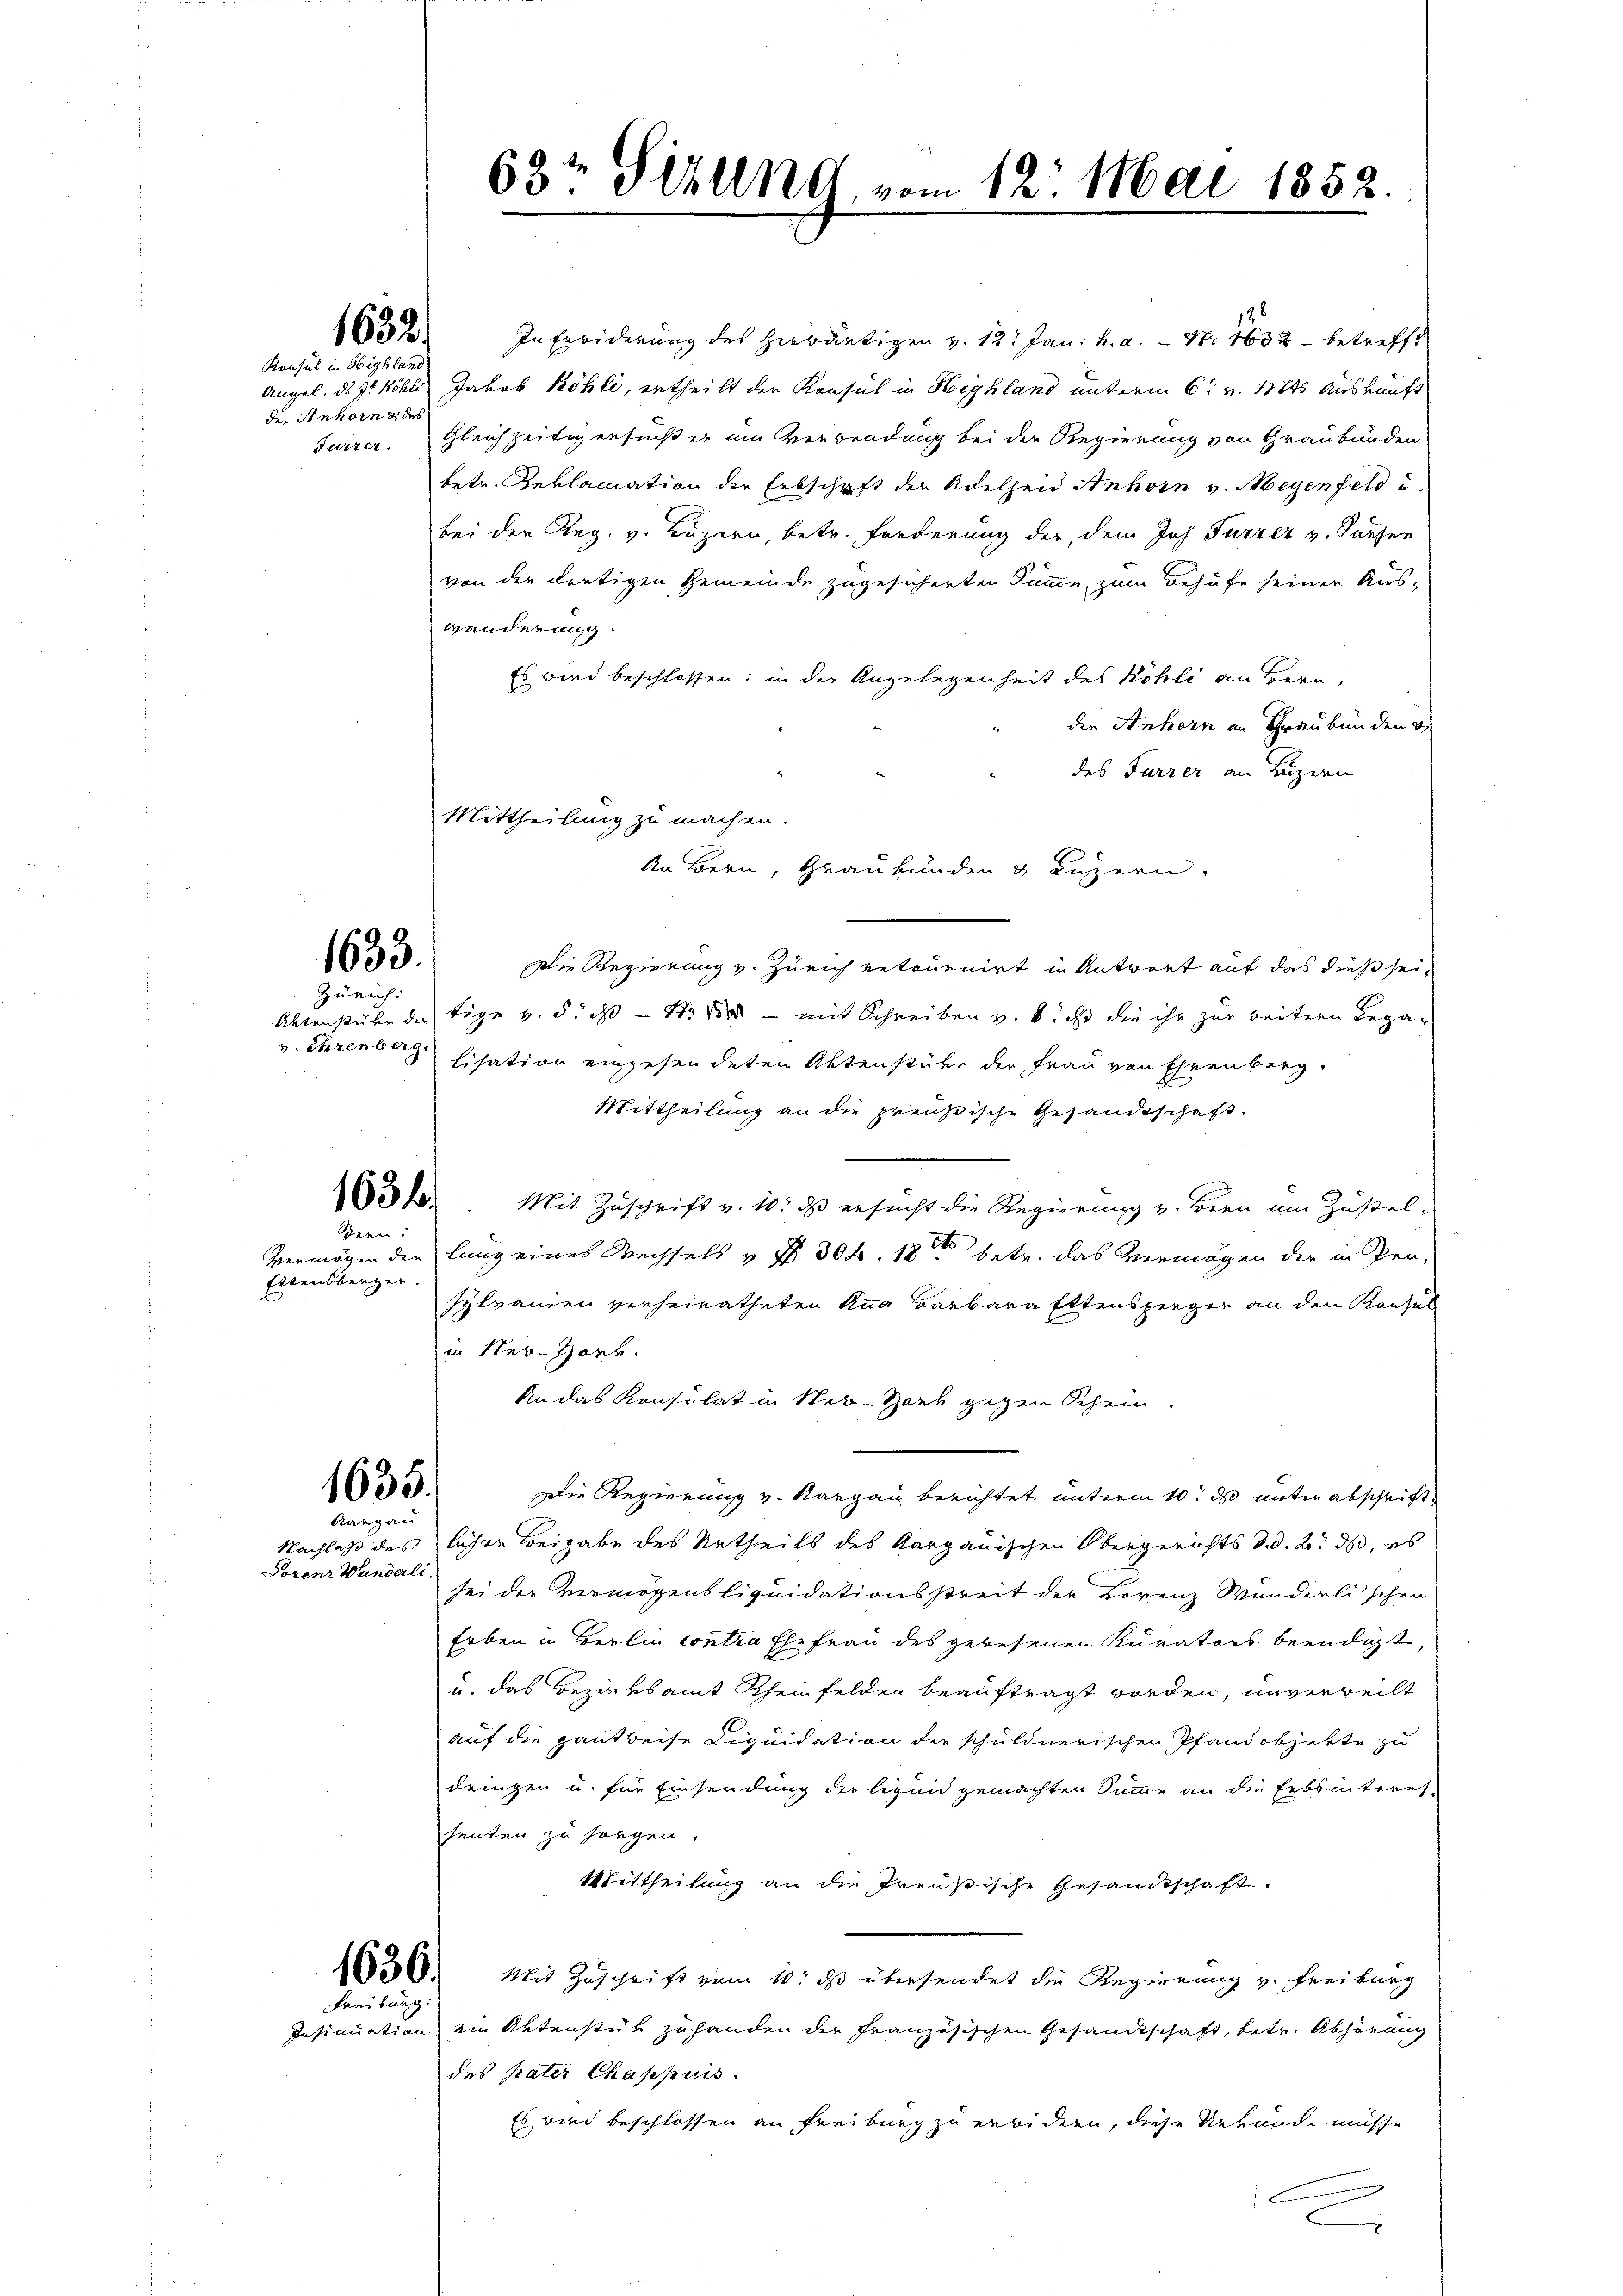
1632.

Konsul in Highland
die Ankorn u. des

1633.

Zürich:
v. Ehrenberg.

In Erwiderung des Herbärtigen v. 12. Jan. h. a. — Nr 1600 betreff
Angel. d. 3. Köhli Jakob Köhle, ertheilt der Konsul in Highland unterm 6t v. 1874 Auskunft
Furrer. Gleichzeitig ersucht er um Verwendung bei der Regierung von Graubünden
betr. Reklamation die Erbschaft der Adelheid Anhorn v. Meyenfeld u
bei der Reg. v. Luzern, betr. Forderung der, dem Joh. Furrer v. Kaufer
von der dortigen Gemeinde zugesicherten Summe, zum Behufe seiner Aus-
wänderung.
Es wird beschlossen: in der Angelegenheit des Köhli an Bern,
die Anhörn an Graubünden
des Furrer an Luzern
Autenstube der tige v. 5. dß - 4. der - mit Schreiben v. 8. ist die ihr zur beitern Lega¬
Eisation eingesendeten Aktenstüke der Frau von Ehrenberg.
Mittheilung an die preußische Gesandtschaft.
Mit Zuschrift v. 10. ds ersucht die Regierung v. Bern um Zustel-
E
Vermögen der lang eines Wechsels & § 304. 18ten betr. das Vermögen der in Pensylvanien verheiratheten Kna Barbara Ettenspieger an den Konsul
in Ner-Hort.
An das Konsulat in Neb-Spark gegen Schein.
Die Regierung v. Kargau berichtet unterm 10. d unter abschrift¬
Nachlaß des licher Beigabe des Urtheils des kargauischen Obergerichts d.d. 2. ds, es
sei der Vermögensliquidationsstreit der Lorenz Wunderlischen
Erben in Berlin Contra Ehefrau des gewesenen Kurators beendigt,
u. das Bezirksamt Scheinfelden beauftragt worden, unverweilt
auf die gantbeise Liquidation der schuldnerischen Pfandobjekte zu
deigen u. für Einsendung der ligen gemachten Summe an die Erbsinteres-
senten zu sorgen.
Mittheilung an die Preußische Gesandtschaft.
130. Mit Zuschrift vom 10. ds übersendet die Regierung v. Freiburg
Insinuation ein Aktenstük zuhanden der Französischen Gesandtschaft, betr. Abhörung
des pater Chappuis
Es wird beschlossen an Freiburg zu erbidern, diese Uebunde müsse
u
x

1631

Bern:
Ettensberger.

1635.
Aargau

Lorenz Wanderli

Freiburg

Mittheilung zu machen.
An Bern, Graubünden u Luzern.
Die Regierung v. Zürich retouenirt in Antwort auf das dießsei¬

63t Sekund vom 12. Mai 1852.